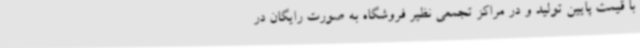
با قیمت پایین تولید و در مراکز تجمعی نظیر فروشگاه به صورت رایگان در